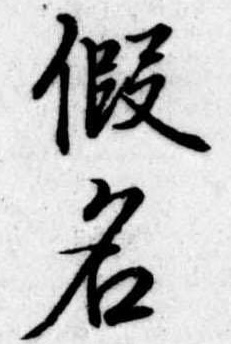
仮名